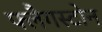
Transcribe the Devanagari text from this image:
फ्लैगस्टोन